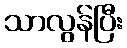
သာလွန်ပြီး